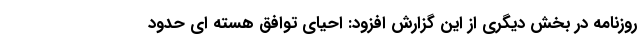
روزنامه در بخش دیگری از این گزارش افزود: احیای توافق هسته ای حدود